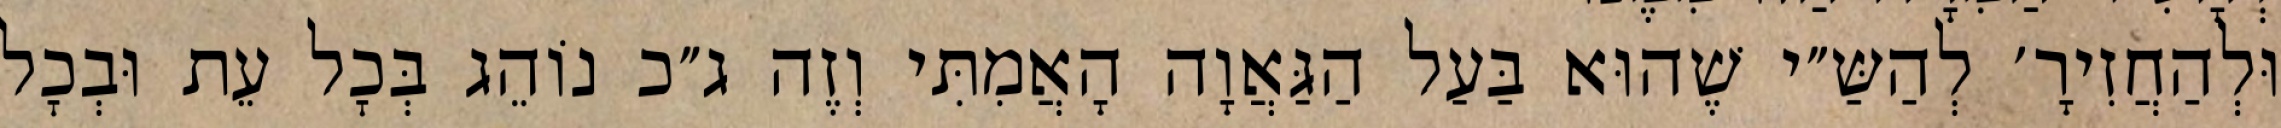
וּלְהַחֲזִירָ׳ לְהַשַּ״י שֶׁהוּא בַּעַל הַגַּאֲוָה הָאֲמִתִּי וְזֶה ג״כ נוֹהֵג בְּכׇל עֵת וּבְכׇל